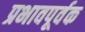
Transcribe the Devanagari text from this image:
प्रभावपूर्वक